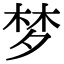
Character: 梦